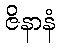
ဇိနာနံ